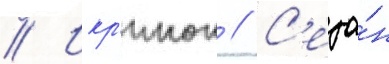
// Икр'инок // С'езо́н